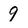
Character: 9